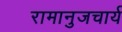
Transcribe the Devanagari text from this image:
रामानुजचार्य